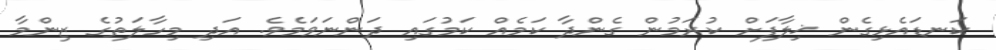
ކަނޑައެޅިގެން ޚިލާފަށް ކުރަމުން ގެންދާ ކަމެއް ކަމުގައި ދަންނަވަމެވެ. އަދި މިހާލަތުގެ ޒިންމާ